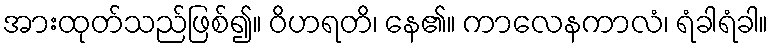
အားထုတ်သည်ဖြစ်၍။ ဝိဟရတိ၊ နေ၏။ ကာလေနကာလံ၊ ရံခါရံခါ။